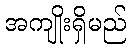
အကျိုးရှိမည်